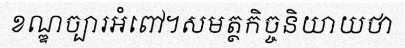
ខណ្ឌច្បារអំពៅ។សមត្ថកិច្ចនិយាយថា